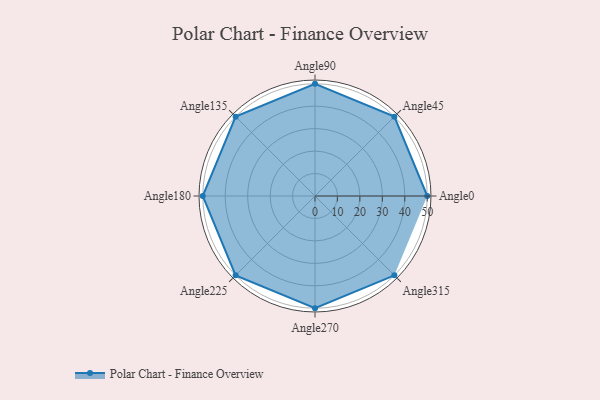
{"axis": {"x": "Angle", "y": "Radius"}, "legend": [""], "data": [{"x": "Angle0", "y": 50, "type": ""}, {"x": "Angle45", "y": 50, "type": ""}, {"x": "Angle90", "y": 50, "type": ""}, {"x": "Angle135", "y": 50, "type": ""}, {"x": "Angle180", "y": 50, "type": ""}, {"x": "Angle225", "y": 50, "type": ""}, {"x": "Angle270", "y": 50, "type": ""}, {"x": "Angle315", "y": 50, "type": ""}]}